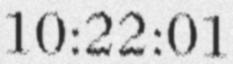
10:22:01